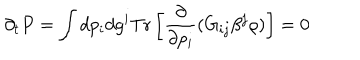
LaTeX: \partial _ { t } P = \int d p _ { i } d g ^ { i } \mathrm { T r } \left[ { \frac { \partial } { \partial p _ { i } } } ( G _ { i j } \beta ^ { j } \rho ) \right] = 0